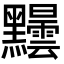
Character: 𪓂